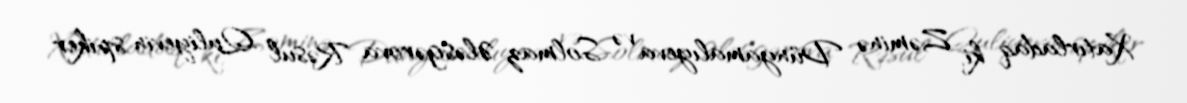
Xatırladaq ki, Zəminə Dünyamalıyeva və Solmaz Ələsgərova Rəsul Quliyevin spiker